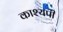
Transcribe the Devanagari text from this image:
काश्यपी